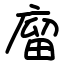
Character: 廇